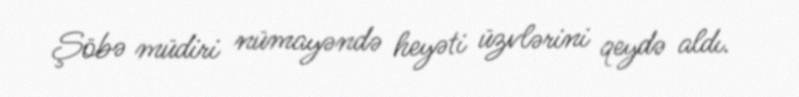
Şöbə müdiri nümayəndə heyəti üzvlərini qeydə aldı.